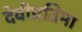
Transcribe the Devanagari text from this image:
देवीप्रतिमा